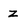
Character: Z